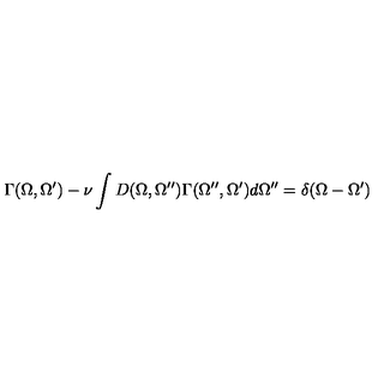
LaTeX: \Gamma ( \Omega , \Omega ^ { \prime } ) - \nu \int D ( \Omega , \Omega ^ { \prime \prime } ) \Gamma ( \Omega ^ { \prime \prime } , \Omega ^ { \prime } ) d \Omega ^ { \prime \prime } = \delta ( \Omega - \Omega ^ { \prime } )